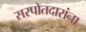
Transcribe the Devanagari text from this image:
सरपोतदारांना